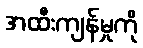
အထီးကျန်မှုကို